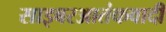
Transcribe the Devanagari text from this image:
साइबरआतंकवादी